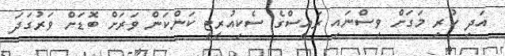
އަދި ކުރި މަގަށް ވިސްނައި ރައީސްގެ ސެކިއުރީޓީ ކަންކަން ވަރަށް ބޮޑަށް ވަރުގަދަ